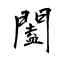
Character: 闔